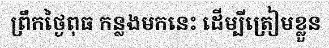
ព្រឹកថ្ងៃពុធ កន្លងមកនេះ ដើម្បីត្រៀមខ្លួន